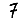
Digit: 7